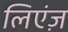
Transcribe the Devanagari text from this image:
लिएंज़